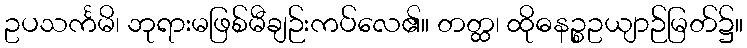
ဥပသင်္ကမိ၊ ဘုရားမဖြစ်မီချဉ်းကပ်လေ၏။ တတ္ထ၊ ထိုဓနဉ္စဥယျာဉ်မြတ်၌။